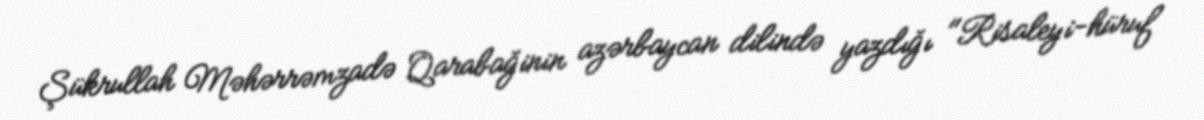
Şükrullah Məhərrəmzadə Qarabağinin azərbaycan dilində yazdığı "Risaleyi-hüruf